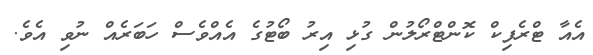
އެއާ ޓްރެފިކް ކޮންޓްރޯލުން ގުޅި އިރު ބޯޓުގެ އެއްވެސް ހަބަރެއް ނުވި އެވެ.